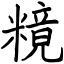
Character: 糡